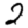
Digit: 2